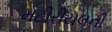
મટીરીયલની